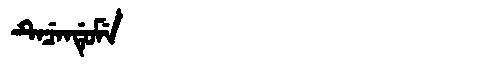
Manchu: ᡨᡝᠴᡝᠨᡩᡠᠮᡝ
Romanization: TECENDUME